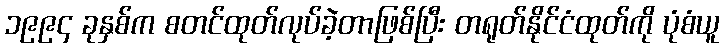
၁၉၉၄ ခုနှစ်က စတင်ထုတ်လုပ်ခဲ့တာဖြစ်ပြီး တရုတ်နိုင်ငံထုတ်ကို ပုံစံယူ